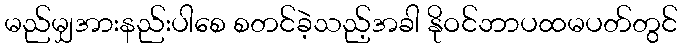
မည်မျှအားနည်းပါစေ စတင်ခဲ့သည့်အခါ နိုဝင်ဘာပထမပတ်တွင်